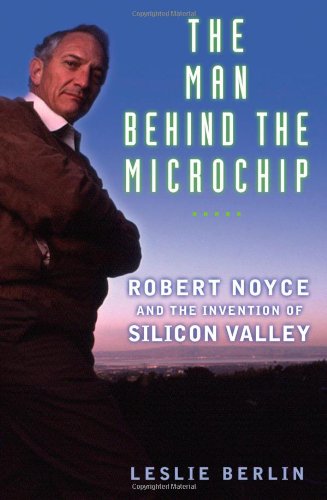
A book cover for The Man Behind the Microchip: Robert Noyce and the Invention of Silicon Valley; Leslie Berlin; Computers & Technology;